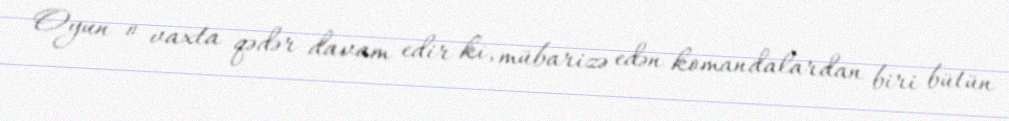
Oyun o vaxta qədər davam edir ki, mübarizə edən komandalardan biri bütün